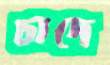
চাদে